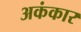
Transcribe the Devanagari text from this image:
अकंकार